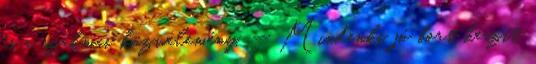
és a szakmai közvélemény. — Mindenki jó bort készít